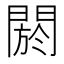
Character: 閼